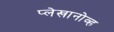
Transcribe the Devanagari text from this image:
प्लेखानोव्ह